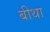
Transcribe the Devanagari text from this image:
बीथा